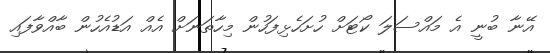
އޭނާ ބުނީ އެ މައްސަލަ ކޯޓަށް ހުށަހެޅިފަހުން މިހާތަނަށް އެއް އަޑުއެހުން ބާއްވާފައި